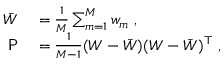
\begin{array} { r l } { \bar { W } } & { { } = \frac { 1 } { M } \sum _ { m = 1 } ^ { M } w _ { m } \mathrm { ~ , ~ } } \\ { \mathsf { P } } & { { } = \frac { 1 } { M - 1 } ( W - \bar { W } ) ( W - \bar { W } ) ^ { \top } \mathrm { ~ , ~ } } \end{array}